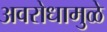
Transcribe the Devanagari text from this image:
अवरोधामुळे